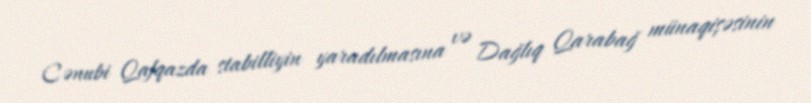
Cənubi Qafqazda stabilliyin yaradılmasına və Dağlıq Qarabağ münaqişəsinin